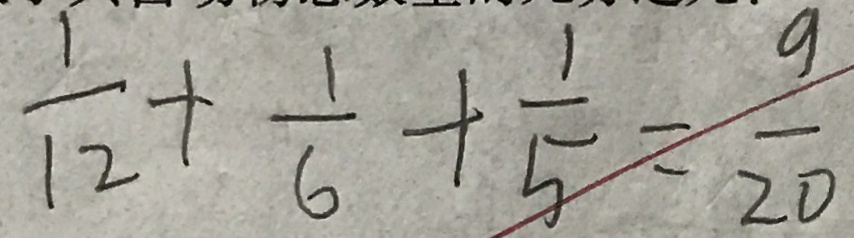
\frac { 1 } { 1 2 } + \frac { 1 } { 6 } + \frac { 1 } { 5 } - \frac { 9 } { 2 0 }